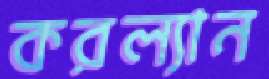
করল্যান